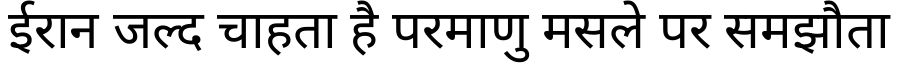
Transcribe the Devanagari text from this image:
ईरान जल्द चाहता है परमाणु मसले पर समझौता